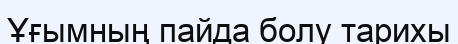
Ұғымның пайда болу тарихы